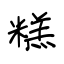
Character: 糕